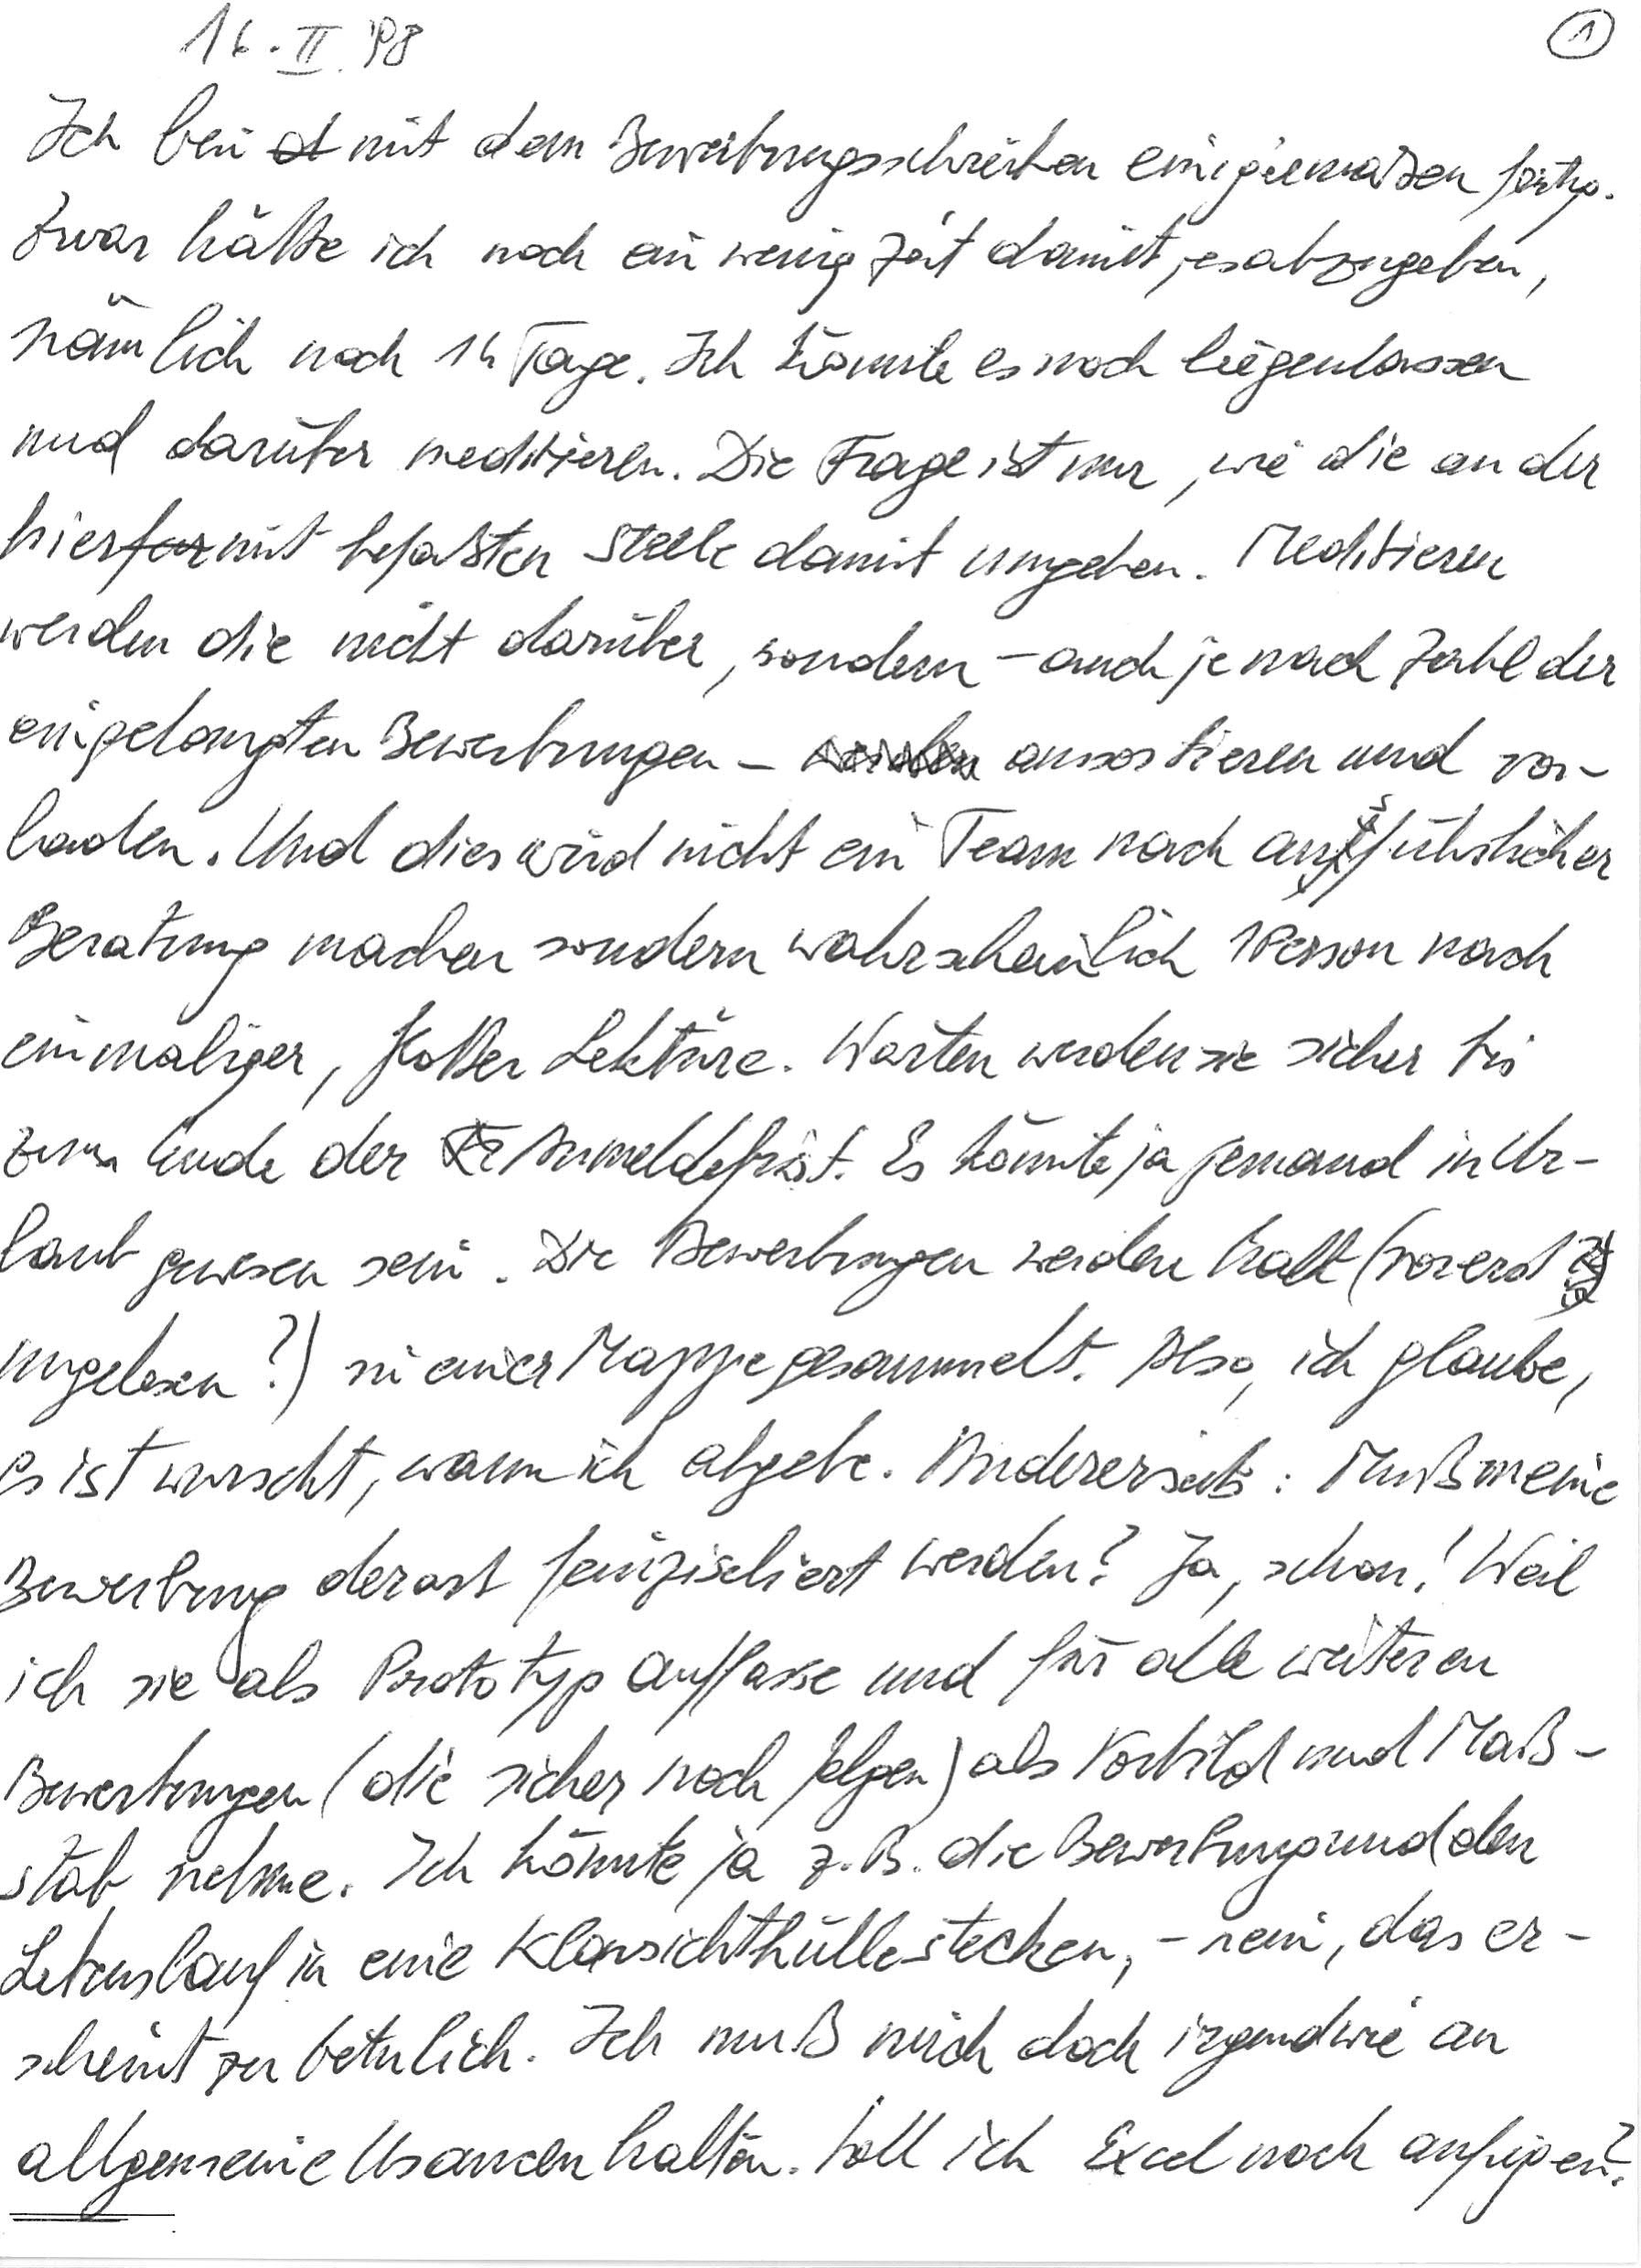
16. II. ‘98
Ich bin mit dem Bewerbungsschreiben einigermaßen fertig.
Zwar hätte ich noch ein wenig Zeit damit, es abzugeben,
nämlich noch 14 Tage. Ich könnte es noch liegenlassen
und darüber meditieren. Die Frage ist nur, wie die an der
hiermit befaßten Stelle damit umgehen. Meditieren
werden die nicht darüber, sondern – auch je nach Zahl der
eingelangten Bewerbungen – aussortieren und vor-
laden. Und dies wird nicht ein Team nach ausführlicher
Beratung machen sondern wahrscheinlich 1 Person nach
einmaliger, flotter Lektüre. Warten werden sie sicher bis
zum Ende der Anmeldefrist. Es könnte ja jemand in Ur-
laub gewesen sein. Die Bewerbungen werden halt (vorerst
ungelesen?) in einer Mappe gesammelt. Also, ich glaube,
es ist wurscht, wann ich abgebe. Andererseits: Muß meine
Bewerbung derart feinziseliert werden? Ja, schon! Weil
ich sie als Prototyp auffasse und für alle weiteren
Bewerbungen (die sicher noch folgen) als Vorbild und Maß-
stab nehme. Ich könnte ja z. B. die Bewerbung und den
Lebenslauf in eine Klarsichthülle stecken, – nein, das er-
scheint zu betulich. Ich muß mich doch irgendwie an
allgemeine Usancen halten. Soll ich Excel noch anfügen?